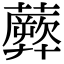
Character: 𧂱